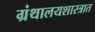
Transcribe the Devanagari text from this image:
ग्रंथालयशास्त्रात